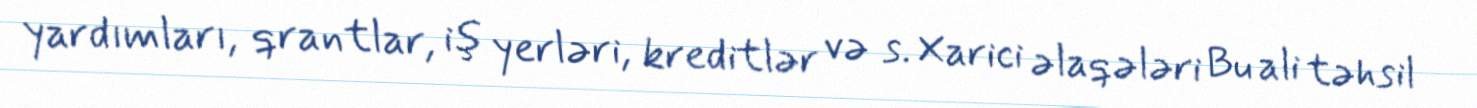
yardımları, qrantlar, iş yerləri, kreditlər və s. Xarici əlaqələri Bu ali təhsil